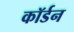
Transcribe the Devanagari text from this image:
कॉर्डन